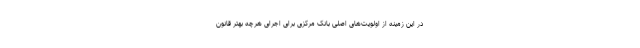
در این زمینه از اولویت‌های اصلی بانک مرکزی برای اجرای هرچه بهتر قانون